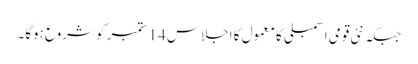
جبکہ نئی قومی اسمبلی کا معمول کا اجلاس 14 ستمبر کو شروع ہوگا۔